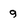
Character: g